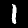
Label: 1